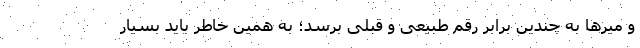
و میرها به چندین برابر رقم طبیعی و قبلی برسد؛ به همین خاطر باید بسیار